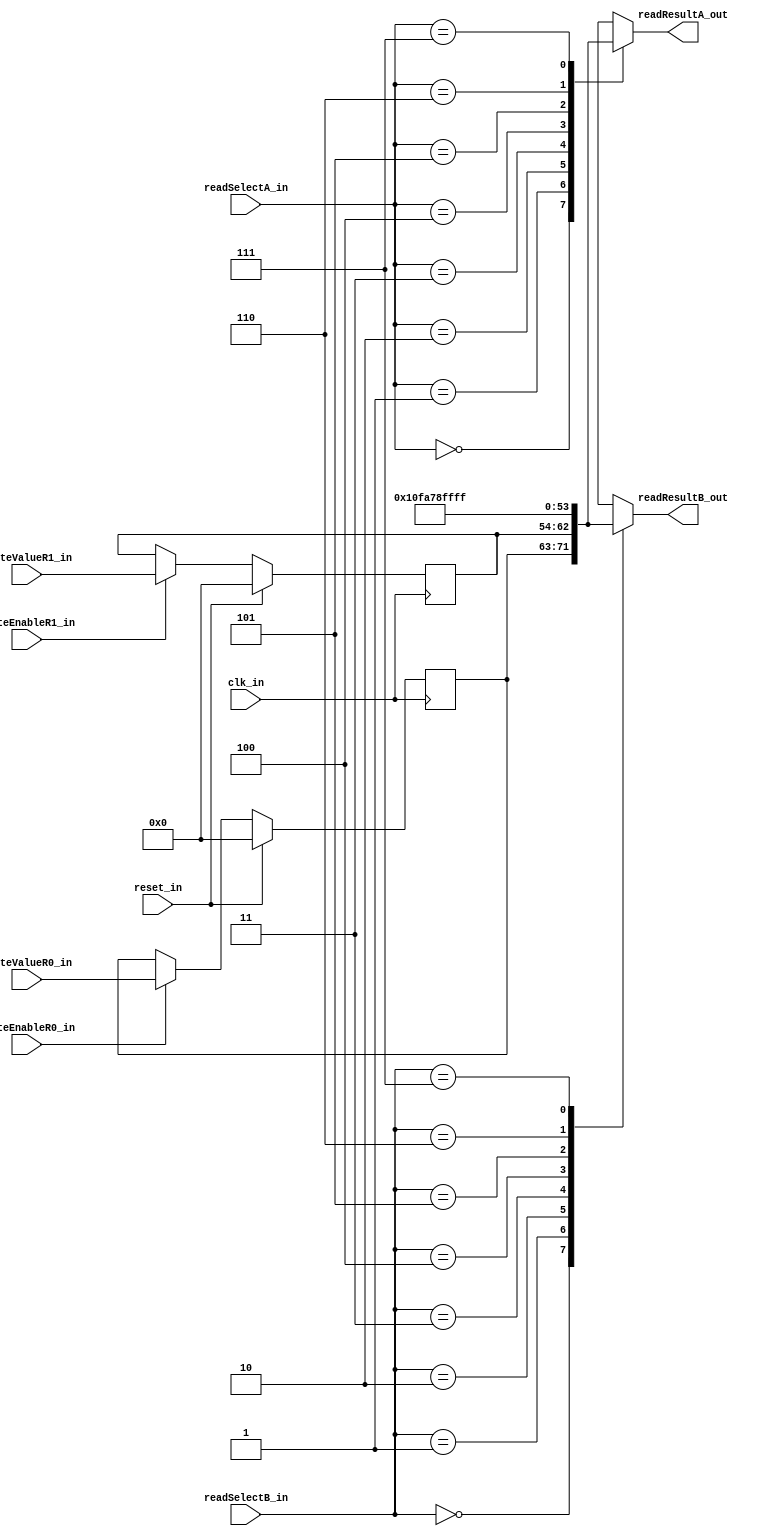
module ExpRegisterFile(clk_in, reset_in, writeEnableR0_in, writeEnableR1_in, writeValueR0_in, writeValueR1_in,
						 readSelectA_in, readSelectB_in,  readResultA_out, readResultB_out); 
	parameter REGISTER_WIDTH = 'd9; 
	parameter CONST0_VALUE = 9'd0;	 
	parameter CONST1_VALUE = 9'd1;	 
	parameter CONST2_VALUE = 9'd31;	 
	parameter CONST3_VALUE = 9'd158; 
	parameter CONST4_VALUE = 9'd127; 
	parameter CONST5_VALUE = 9'd511; 
	input clk_in, reset_in;
	input writeEnableR0_in, writeEnableR1_in;
	input [REGISTER_WIDTH-1:0] writeValueR0_in, writeValueR1_in;
	input [2:0] readSelectA_in, readSelectB_in;
	output reg [REGISTER_WIDTH-1:0] readResultA_out, readResultB_out;
	reg [REGISTER_WIDTH-1:0] reg0, reg1;
	always @(readSelectA_in, readSelectB_in, reg0, reg1) begin
		case (readSelectA_in)
			3'b000: readResultA_out = reg0;
			3'b001: readResultA_out = reg1;
			3'b010: readResultA_out = CONST0_VALUE;
			3'b011: readResultA_out = CONST1_VALUE;
			3'b100: readResultA_out = CONST2_VALUE;
			3'b101: readResultA_out = CONST3_VALUE;
			3'b110: readResultA_out = CONST4_VALUE;
			3'b111: readResultA_out = CONST5_VALUE;
		endcase
		case (readSelectB_in)
			3'b000: readResultB_out = reg0;
			3'b001: readResultB_out = reg1;
			3'b010: readResultB_out = CONST0_VALUE;
			3'b011: readResultB_out = CONST1_VALUE;
			3'b100: readResultB_out = CONST2_VALUE;
			3'b101: readResultB_out = CONST3_VALUE;
			3'b110: readResultB_out = CONST4_VALUE;
			3'b111: readResultB_out = CONST5_VALUE;
		endcase
	end
	always @(posedge clk_in) begin
		if (reset_in) begin 
			reg0 <= 0;
			reg1 <= 0;
		end else begin 						   
			if (writeEnableR0_in) reg0 <= writeValueR0_in;
			if (writeEnableR1_in) reg1 <= writeValueR1_in;
		end		
	end
endmodule